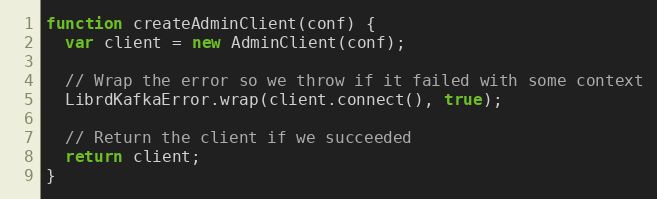
Language: JavaScript
function createAdminClient(conf) {
  var client = new AdminClient(conf);

  // Wrap the error so we throw if it failed with some context
  LibrdKafkaError.wrap(client.connect(), true);

  // Return the client if we succeeded
  return client;
}